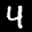
Label: 4